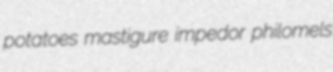
potatoes mastigure impedor philomels